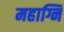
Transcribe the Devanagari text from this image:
महाग्नि